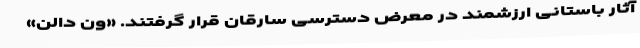
آثار باستانی ارزشمند در معرض دسترسی سارقان قرار گرفتند. «ون دالن»